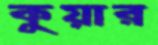
কুয়ার